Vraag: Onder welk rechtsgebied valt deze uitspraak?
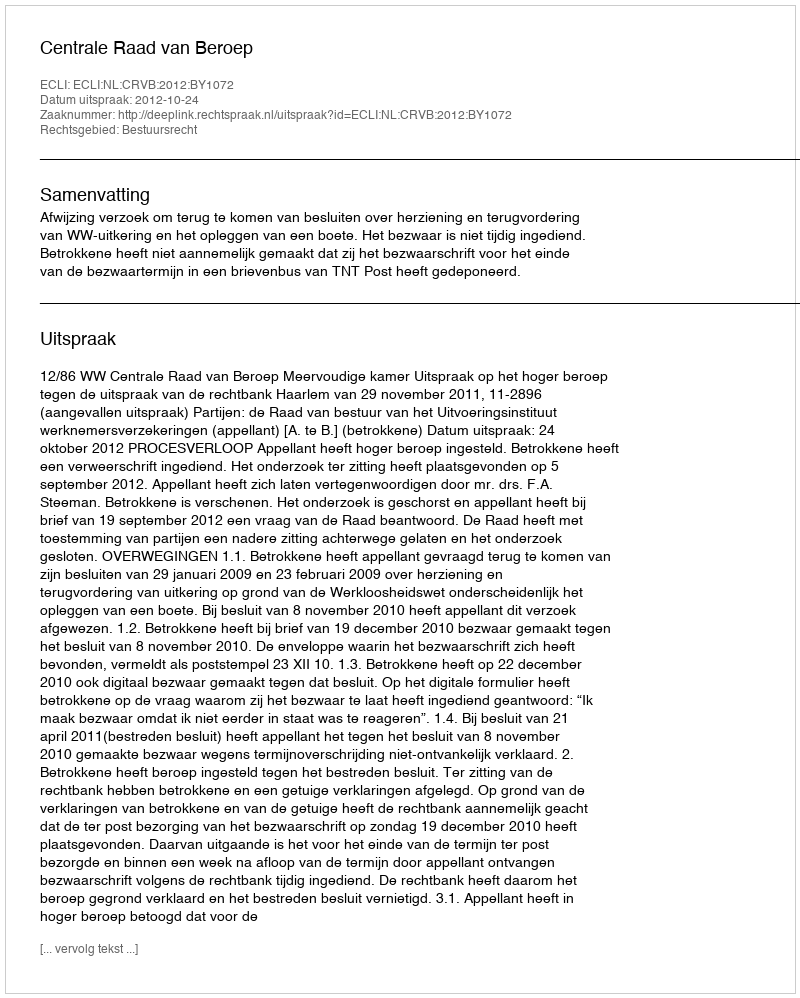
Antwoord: Bestuursrecht